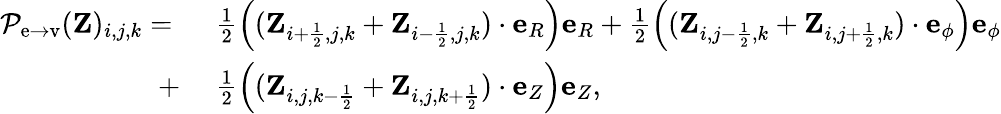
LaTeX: \begin{array}{rl}{{\mathcal{P}}_{\mathrm{e\rightarrow v}}(\mathbf{Z})_{i,j,k}=~}&{{}\frac{1}{2}\left((\mathbf{Z}_{i+\frac{1}{2},j,k}+\mathbf{Z}_{i-\frac{1}{2},j,k})\cdot\mathbf{e}_{R}\right)\mathbf{e}_{R}+\frac{1}{2}\left((\mathbf{Z}_{i,j-\frac{1}{2},k}+\mathbf{Z}_{i,j+\frac{1}{2},k})\cdot\mathbf{e}_{\phi}\right)\mathbf{e}_{\phi}}\\ {+~}&{{}\frac{1}{2}\left((\mathbf{Z}_{i,j,k-\frac{1}{2}}+\mathbf{Z}_{i,j,k+\frac{1}{2}})\cdot\mathbf{e}_{Z}\right)\mathbf{e}_{Z},}\end{array}